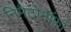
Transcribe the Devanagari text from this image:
निमैटोमॉर्फ़ा